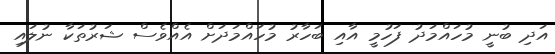
އަދި ބުނީ މުހައްމަދު ފަހުމީ އާއި ބަހާރު މުހައްމަދަށް އެއްވެސް ޝަރުތަކާ ނުލައި